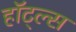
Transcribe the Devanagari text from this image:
हॉट्ल्स